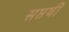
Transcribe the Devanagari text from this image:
सप्तर्षीं